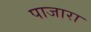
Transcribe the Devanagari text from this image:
पाजारा